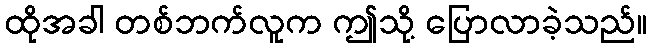
ထိုအခါ တစ်ဘက်လူက ဤသို့ ပြောလာခဲ့သည်။